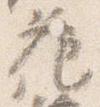
花